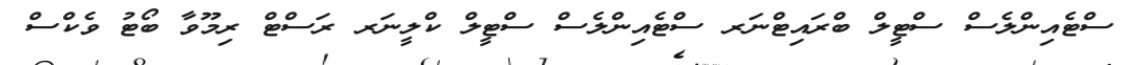
ސްޓެއިންލެސް ސްޓީލް ބްރައިޓްނަރ ސްޓެއިންލެސް ސްޓީލް ކްލީނަރ ރަސްޓް ރިމޫވާ ބޯޓު ވެކްސް